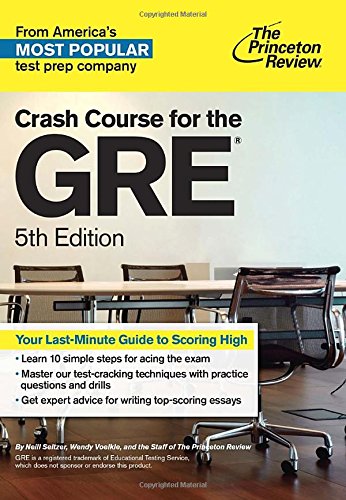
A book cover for Crash Course for the GRE, 5th Edition (Graduate School Test Preparation); Princeton Review; Test Preparation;